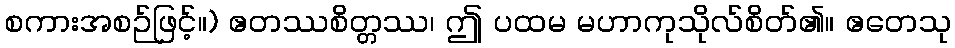
စကားအစဉ်ဖြင့်။) ဧတဿစိတ္တဿ၊ ဤ ပထမ မဟာကုသိုလ်စိတ်၏။ ဧတေသု